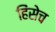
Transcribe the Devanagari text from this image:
हिंसेच